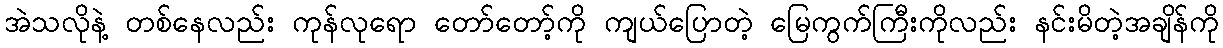
အဲသလိုနဲ့ တစ်နေလည်း ကုန်လုရော တော်တော့်ကို ကျယ်ပြောတဲ့ မြေကွက်ကြီးကိုလည်း နင်းမိတဲ့အချိန်ကို